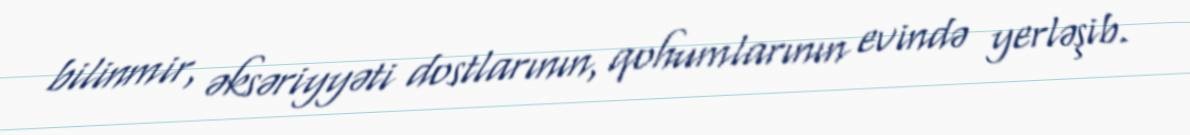
bilinmir, əksəriyyəti dostlarının, qohumlarının evində yerləşib.